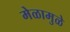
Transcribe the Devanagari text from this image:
मेळामुळे